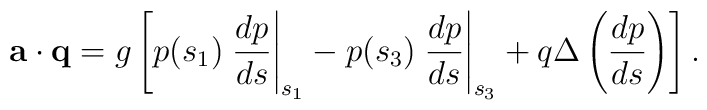
{\bf a}\cdot{\bf  q}=g\left[p(s_1)\left.\frac{dp}{ds}\right|_{s_1}-p(s_3)\left.\frac{dp}{ds}\right|_{s_3}+q\Delta\left(\frac{dp}{ds}\right)\right].